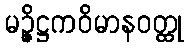
မဉ္ဇိဋ္ဌကဝိမာနဝတ္ထု